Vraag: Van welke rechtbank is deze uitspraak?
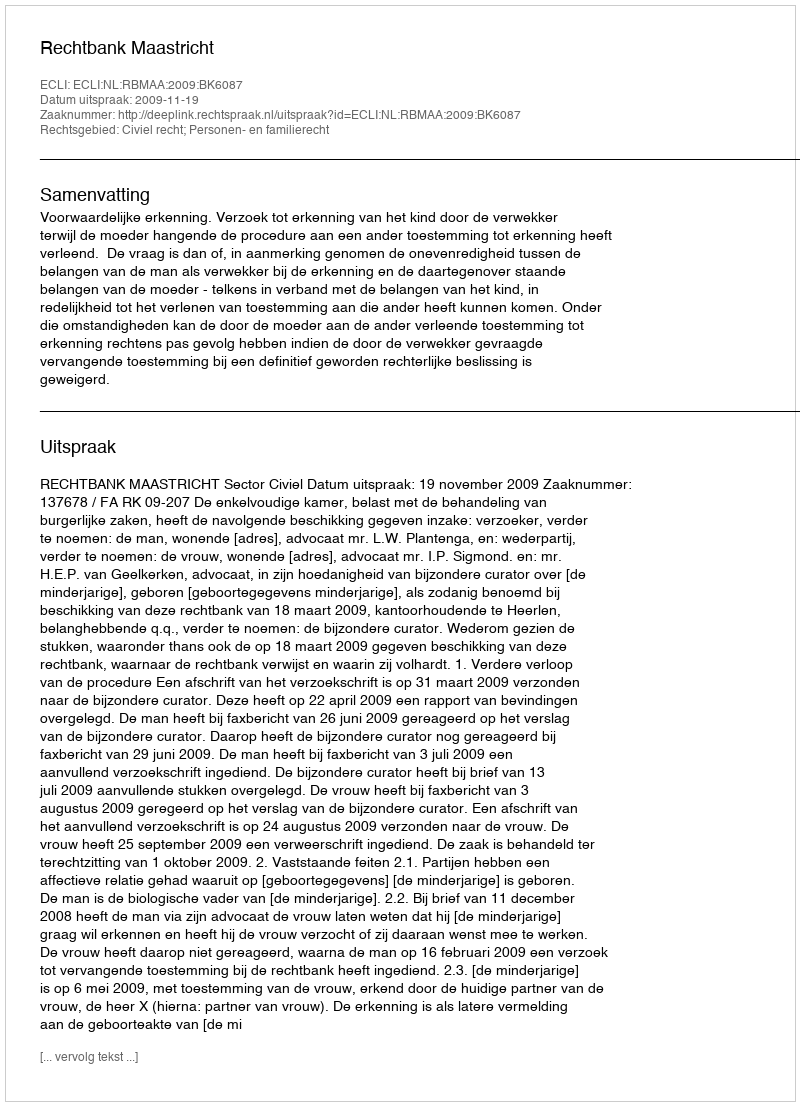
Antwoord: Rechtbank Maastricht